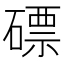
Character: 磦